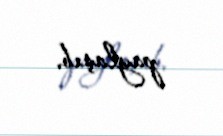
paylaşıb.